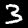
Label: 3